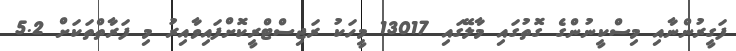
ފަގީރުންނާއި މިސްކީނުންގެ ގޮތުގައި މާލޭގައި 13017 މީހަކު ރަޖިސްޓްރީކޮށްފައިވާއިރު މި ފަރާތްތަކަށް 5.2